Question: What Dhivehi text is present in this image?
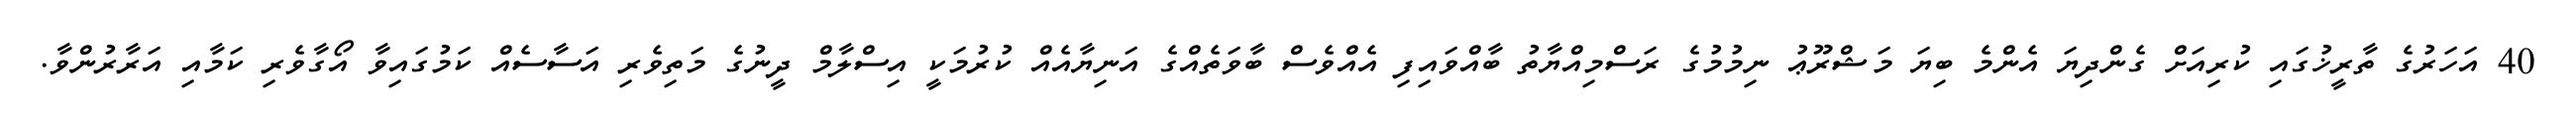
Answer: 40 އަހަރުގެ ތާރީޚުގައި ކުރިއަށް ގެންދިޔަ އެންމެ ބިޔަ މަޝްރޫޢު ނިމުމުގެ ރަސްމިއްޔާތު ބާއްވައިފި އެއްވެސް ބާވަތެއްގެ އަނިޔާއެއް ކުރުމަކީ އިސްލާމް ދީނުގެ މަތިވެރި އަސާސެއް ކަމުގައިވާ އޯގާވެރި ކަމާއި އަރާރުންވާ.